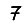
Digit: 7